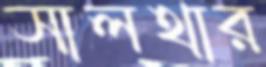
সালথার